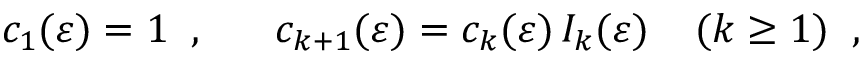
c _ { 1 } ( \varepsilon ) = 1 \; \; , \; \; \; \; \; \; c _ { k + 1 } ( \varepsilon ) = c _ { k } ( \varepsilon ) \, { { I } } _ { k } ( \varepsilon ) \; \; \; \; ( k \geq 1 ) \; \; ,